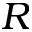
R